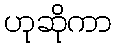
ဟုဆိုကာ